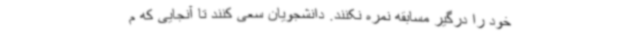
خود را درگیر مسابقه نمره نکنند. دانشجویان سعی کنند تا آنجایی که م